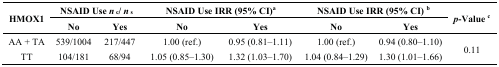
<table><thead><tr><td rowspan="2"><b>HMOX1</b></td><td colspan="2"><b>NSAID Use <i>n</i><sub>c</sub>/ <i>n</i><sub>s</sub></b></td><td colspan="2"><b>NSAID Use IRR (95% CI)<sup>a</sup></b></td><td colspan="2"><b>NSAID Use IRR (95% CI) <sup>b</sup></b></td><td rowspan="2"><b><i>p</i>-Value <sup>c</sup></b></td></tr><tr><td><b>No</b></td><td><b>Yes</b></td><td><b>No</b></td><td><b>Yes</b></td><td><b>No</b></td><td><b>Yes</b></td></tr></thead><tbody><tr><td>AA + TA</td><td>539/1004</td><td>217/447</td><td>1.00 (ref.)</td><td>0.95 (0.81–1.11)</td><td>1.00 (ref.)</td><td>0.94 (0.80–1.10)</td><td rowspan="2">0.11</td></tr><tr><td>TT</td><td>104/181</td><td>68/94</td><td>1.05 (0.85–1.30)</td><td>1.32 (1.03–1.70)</td><td>1.04 (0.84–1.29)</td><td>1.30 (1.01–1.66)</td></tr></tbody></table>